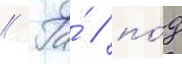
// Га́ / по́д